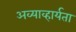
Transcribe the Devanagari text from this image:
अव्याव्हार्यता